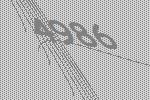
4986